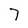
Character: 7